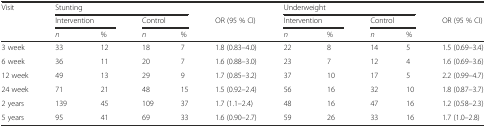
<table><thead><tr><td><b>Visit</b></td><td colspan="4"><b>Stunting</b></td><td></td><td colspan="4"><b>Underweight</b></td><td></td></tr><tr><td></td><td colspan="2"><b>Intervention</b></td><td colspan="2"><b>Control</b></td><td><b>OR (95 % CI)</b></td><td colspan="2"><b>Intervention</b></td><td colspan="2"><b>Control</b></td><td><b>OR (95 % CI)</b></td></tr><tr><td></td><td><b><i>n</i></b></td><td><b>%</b></td><td><b><i>n</i></b></td><td><b>%</b></td><td></td><td><b><i>n</i></b></td><td><b>%</b></td><td><b><i>n</i></b></td><td><b>%</b></td><td></td></tr></thead><tbody><tr><td>3 week</td><td>33</td><td>12</td><td>18</td><td>7</td><td>1.8 (0.83–4.0)</td><td>22</td><td>8</td><td>14</td><td>5</td><td>1.5 (0.69–3.4)</td></tr><tr><td>6 week</td><td>36</td><td>11</td><td>20</td><td>7</td><td>1.6 (0.88–3.0)</td><td>23</td><td>7</td><td>12</td><td>4</td><td>1.6 (0.69–3.6)</td></tr><tr><td>12 week</td><td>49</td><td>13</td><td>29</td><td>9</td><td>1.7 (0.85–3.2)</td><td>37</td><td>10</td><td>17</td><td>5</td><td>2.2 (0.99–4.7)</td></tr><tr><td>24 week</td><td>71</td><td>21</td><td>48</td><td>15</td><td>1.5 (0.92–2.4)</td><td>56</td><td>16</td><td>32</td><td>10</td><td>1.8 (0.87–3.7)</td></tr><tr><td>2 years</td><td>139</td><td>45</td><td>109</td><td>37</td><td>1.7 (1.1–2.4)</td><td>48</td><td>16</td><td>47</td><td>16</td><td>1.2 (0.58–2.3)</td></tr><tr><td>5 years</td><td>95</td><td>41</td><td>69</td><td>33</td><td>1.6 (0.90–2.7)</td><td>59</td><td>26</td><td>33</td><td>16</td><td>1.7 (1.0–2.8)</td></tr></tbody></table>